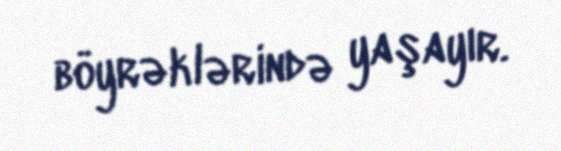
böyrəklərində yaşayır.